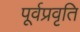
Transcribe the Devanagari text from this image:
पूर्वप्रवृति